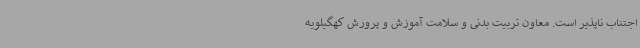
اجتناب ناپذیر است. معاون تربیت بدنی و سلامت آموزش و پرورش کهگیلویه